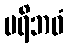
ပရိဘဝံ